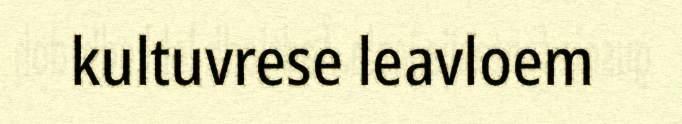
kultuvrese leavloem